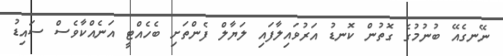
ނޭނގެއޭ ބުނުމުގެ ގޮތުން ކޮނޑު އަރުވައިލާފައި ލަޔާލް ފެންތަށި ބެހެއްޓީ އަނެއްކާވެސް ސައިޑު